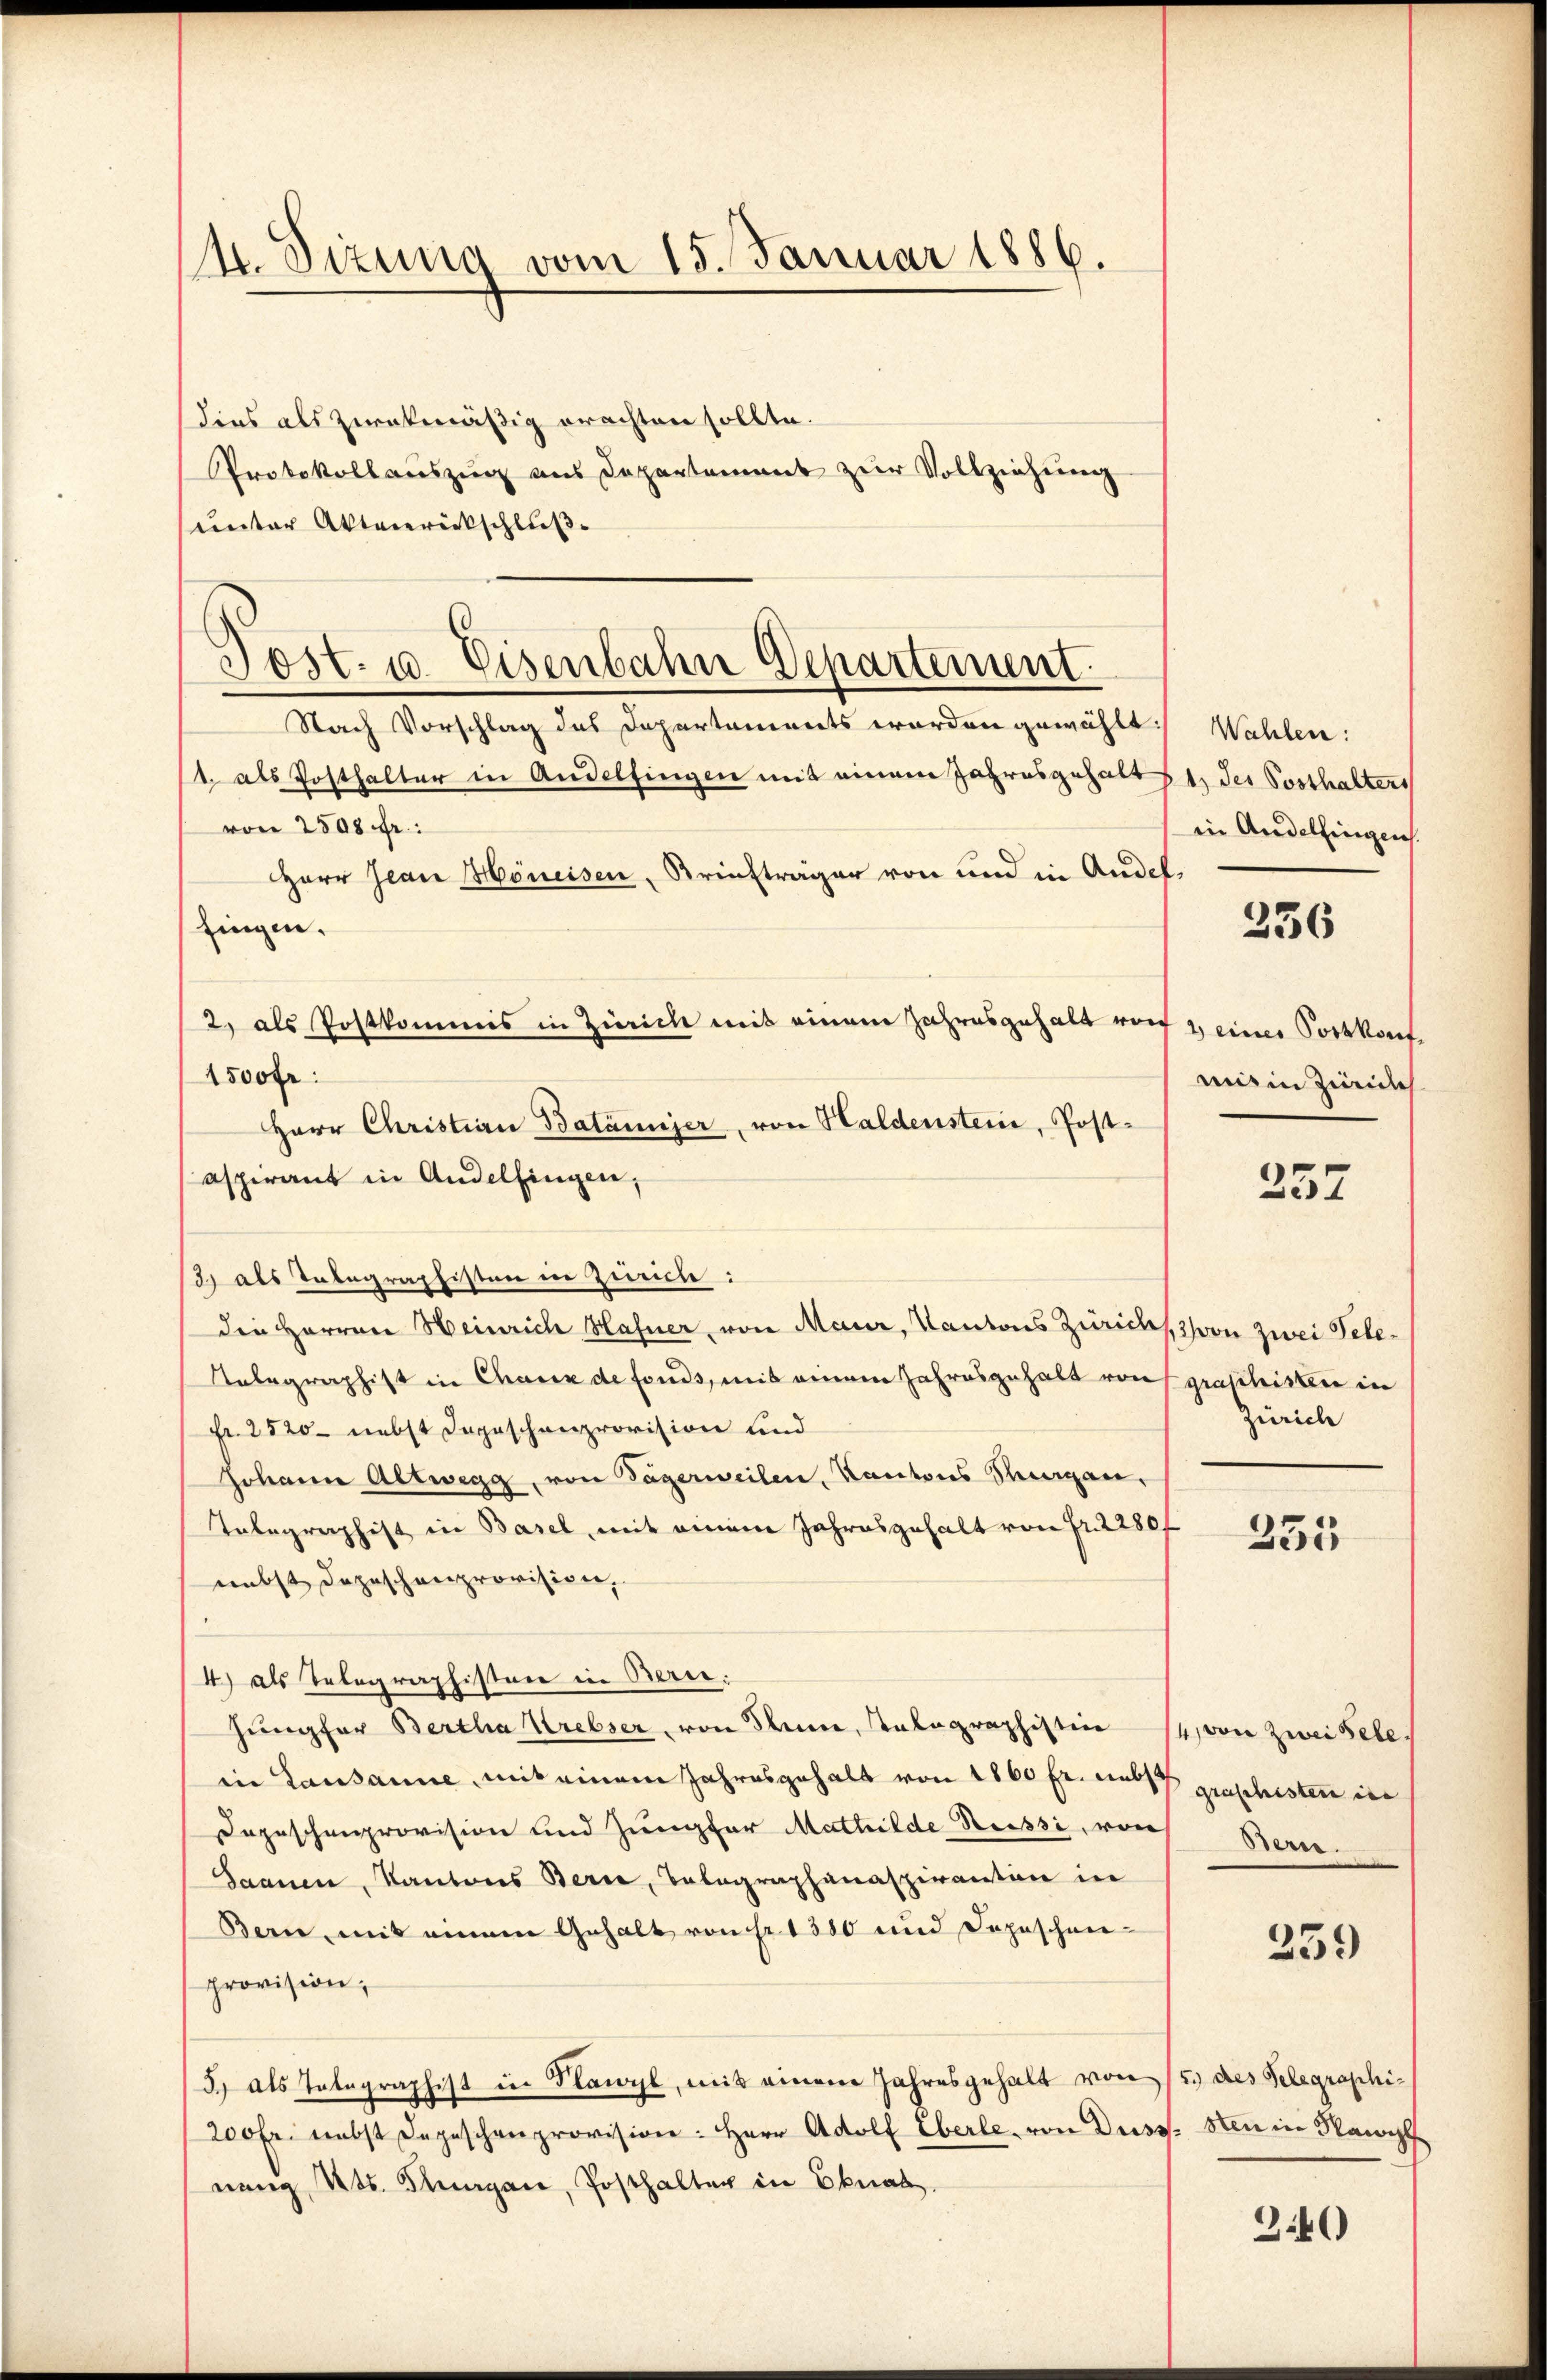
4. Sizung vom 15. Januar 1886.

dies als zwekmäßig erachten sollte.
Protokollauszug aus Departement zur Vollziehung
unter Aktenrückschluß
Nach Vorschlag des Departements worden gewählt:
1. als Posthalter in Andelfingen mit einem Jahresgehalt
von 2500 fr.:
HHerr Jean Höneisen, Briefträger von und in Andel.
fingen.
1500 Fr:
aspirant in Andelfingen,
13) als Tabegraphisten in Zürich:
die Herren Heinrich Hafner, von Mauer, Kantons Züricht
Nabegraphist in Chaux de fonds, mit einem Jahresgehalt von graschisten in
Fr. 2520 nebst Depeschenprovision und
Johann Altwegg, von Tägerweilen, Kantons Rangen,
Tabegraphist in Basel, mit einem Jahresgehalt von Fr. 2280f
nebst dazuschenprovision,
4) als Telegraphisten in Bauhüngfer Bertha Krebser, von Seine, talographistin
in Lausanne, mit einem Jahresgehalt von 1860 fr. nebst
Depeschenprovision und Jungfer Mathilde Reissi, von
Saanen, Kantons Bern, Telegraphanaspiranten in
Bern, mit einem Gehalt von sr 1380 und Depeschenprovision,
3.) Als Tatographist in Flawyl, mit einem Jahresgehalt von
200fr. nebst Depeschenprovision: Herr Adolf Eberle, von Duss.
nung Kts. Stungen, Posthalter in Ebnat.

2, als Postkommis in Zürich mit einem Jahresgehalt vor
Herr Christian Batámizer, von Haldenstein, Post¬

Post. 10. Eisenbahn Departement.

Wahlen:
1) des Posthalters
in Andelfingen.

236

2 einer Portkonf
mit in Zürich

257

3 von zwei Tele¬
Zürich

335

4 von zwei Pete
grashisten in
Bern.

259

5.) des Telegraphi-
Nin in Nanc

340)